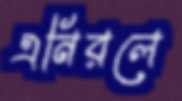
এনিরলে